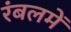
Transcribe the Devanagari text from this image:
रंबलमें